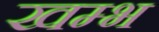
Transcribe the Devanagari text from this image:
खम्‍भ